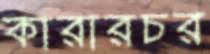
কারারচর